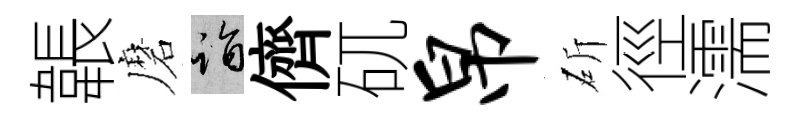
韔磨诣儕矹帛斫徑濡